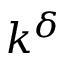
k ^ { \delta }